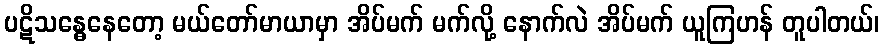
ပဋိသန္ဓေနေတော့ မယ်တော်မာယာမှာ အိပ်မက် မက်လို့ နောက်လဲ အိပ်မက် ယူကြဟန် တူပါတယ်၊